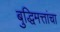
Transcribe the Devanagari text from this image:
बुद्धिमत्तांचा